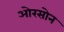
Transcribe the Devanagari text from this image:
ओरसोन